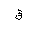
Letter: _qaf